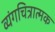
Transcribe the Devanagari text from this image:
व्यंगचित्रात्मक